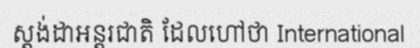
ស្តង់ដាអន្តរជាតិ ដែលហៅថា International